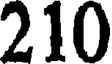
210